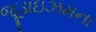
જૂડાઇઝમના